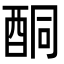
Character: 酮